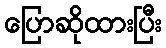
ပြောဆိုထားပြီး